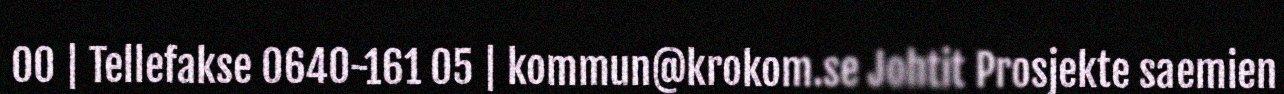
00 | Tellefakse 0640-161 05 | kommun@krokom.se Johtit Prosjekte saemien